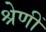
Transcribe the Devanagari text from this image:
श्रेणीं